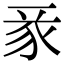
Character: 𧰬